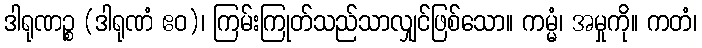
ဒါရုဏဉ္စ (ဒါရုဏံ ဧဝ)၊ ကြမ်းကြုတ်သည်သာလျှင်ဖြစ်သော။ ကမ္မံ၊ အမှုကို။ ကတံ၊